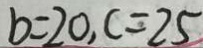
b = 2 0 , c = 2 5